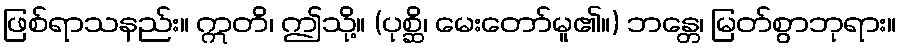
ဖြစ်ရာသနည်း။ ဣတိ၊ ဤသို့။ (ပုစ္ဆိ၊ မေးတော်မူ၏။) ဘန္တေ၊ မြတ်စွာဘုရား။